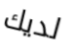
لديك